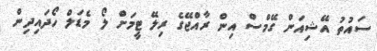
ސައުތު އޭޝިއަން ގޭމްސް އިން ރާއްޖޭގެ ރިލޭ ޓީމަށް ލޯ މެޑަލް ހޯދައިދިން